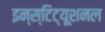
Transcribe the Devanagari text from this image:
इन्स्टिट्यूशनल